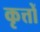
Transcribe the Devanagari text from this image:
कृत्तों